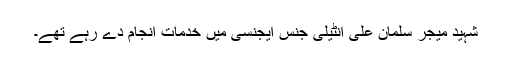
شہید میجر سلمان علی انٹیلی جنس ایجنسی میں خدمات انجام دے رہے تھے۔